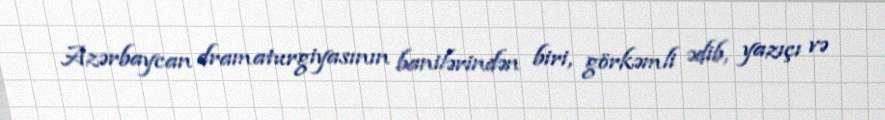
Azərbaycan dramaturgiyasının banilərindən biri, görkəmli ədib, yazıçı və